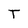
Character: T